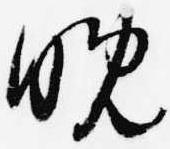
晩